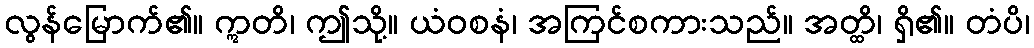
လွန်မြောက်၏။ ဣတိ၊ ဤသို့။ ယံဝစနံ၊ အကြင်စကားသည်။ အတ္ထိ၊ ရှိ၏။ တံပိ၊